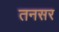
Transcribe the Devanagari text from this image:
तनसर